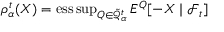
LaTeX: \rho _ { \alpha } ^ { t } ( X ) = \operatorname { e s s \operatorname* { s u p } } _ { Q \in { \tilde { \mathcal { Q } } } _ { \alpha } ^ { t } } E ^ { Q } [ - X \mid { \mathcal { F } } _ { t } ]